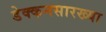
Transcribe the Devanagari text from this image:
डेक्कनसारख्या